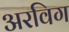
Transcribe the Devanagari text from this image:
अरविग